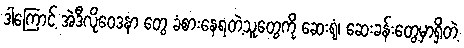
ဒါကြောင့် အဲဒီလိုဝေဒနာ တွေ ခံစားနေရတဲ့သူတွေကို ဆေးရုံ၊ ဆေးခန်းတွေမှာရှိတဲ့